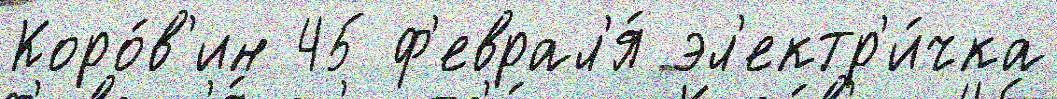
Коро́в'ин 45 ф'еврал'я́ эл'ектр'и́чка